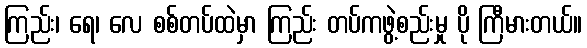
ကြည်း၊ ရေ၊ လေ စစ်တပ်ထဲမှာ ကြည်း တပ်ကဖွဲ့စည်းမှု ပို ကြီမားတယ်။